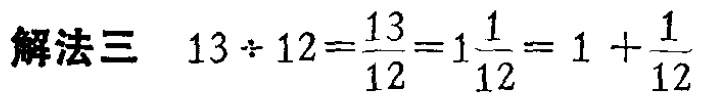
\(解法三\ \ 13\div 12=\frac{13}{12}=1\frac{1}{12}=1 + \frac{1}{12}\)